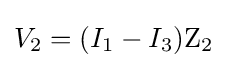
V_{2}=(I_{1}-I_{3})\mathrm {Z_{2}}